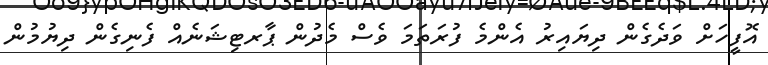
އޮފީހަށް ވަދެގެން ދިޔައިރު އެންމެ ފުރަތަމަ ވެސް މެދުން ޕާރޓިޝަނެއް ފެނިގެން ދިޔުމުން